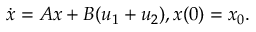
{ \dot { x } } = A x + B ( u _ { 1 } + u _ { 2 } ) , x ( 0 ) = x _ { 0 } .